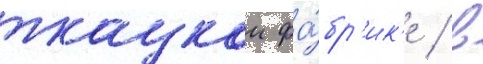
ткацкои фа́бр'ик'е / в